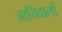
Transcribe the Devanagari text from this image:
जातिवालों